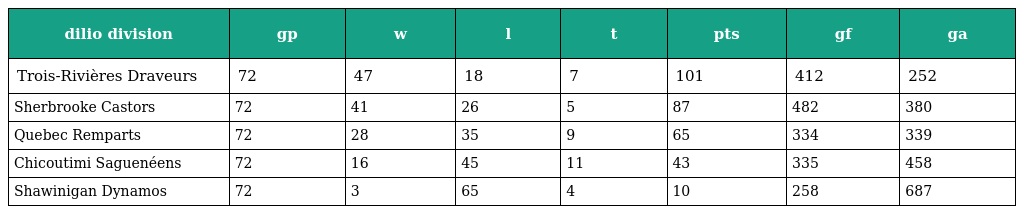
| dilio division | gp | w | l | t | pts | gf | ga |
 | --- | --- | --- | --- | --- | --- | --- | --- |
 | Trois-Rivières Draveurs | 72 | 47 | 18 | 7 | 101 | 412 | 252 |
 | Sherbrooke Castors | 72 | 41 | 26 | 5 | 87 | 482 | 380 |
 | Quebec Remparts | 72 | 28 | 35 | 9 | 65 | 334 | 339 |
 | Chicoutimi Saguenéens | 72 | 16 | 45 | 11 | 43 | 335 | 458 |
 | Shawinigan Dynamos | 72 | 3 | 65 | 4 | 10 | 258 | 687 |